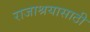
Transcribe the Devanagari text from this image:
राजाश्रयासाठी